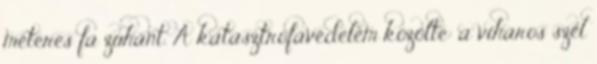
méteres fa zuhant. A katasztrófavédelem közölte: a viharos szél